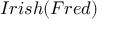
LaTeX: I r i s h ( F r e d )